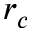
r _ { c }